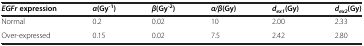
| EGFr expression | α(Gy-1) | β(Gy-2) | α/β(Gy) | dex1(Gy) | dex2(Gy) |
 | --- | --- | --- | --- | --- | --- |
 | Normal | 0.2 | 0.02 | 10 | 2.00 | 2.33 |
 | Over-expressed | 0.15 | 0.02 | 7.5 | 2.42 | 2.80 |